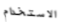
الاستخدام